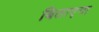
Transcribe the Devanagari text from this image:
बिताएगा